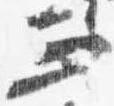
正